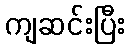
ကျဆင်းပြီး